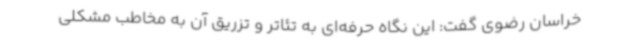
خراسان رضوی گفت: این نگاه حرفه‌ای به تئاتر و تزریق آن به مخاطب مشکلی